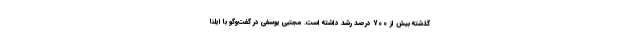
گذشته بیش از 700 درصد رشد داشته‌ است. مجتبی یوسفی در گفت‌وگو با ایلنا